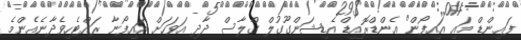
ފައިންޑް މައި އައިފޯން" އެންޑްރޮއިޑް އެޑިޝަންގޫގުލް ގްލާސް ދާދި އަވަހަށް އައިފޯނާ ރައްޓެހިވެދާނެއެންމެ